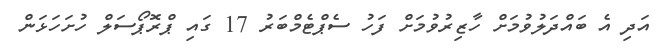
އަދި އެ ބައްދަލުވުމަށް ހާޒިރުވުމަށް ފަހު ސެޕްޓެމްބަރު 17 ގައި ޕްރޮޕޯސަލް ހުށަހަޅަން